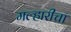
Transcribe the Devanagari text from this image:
मल्हारीचा